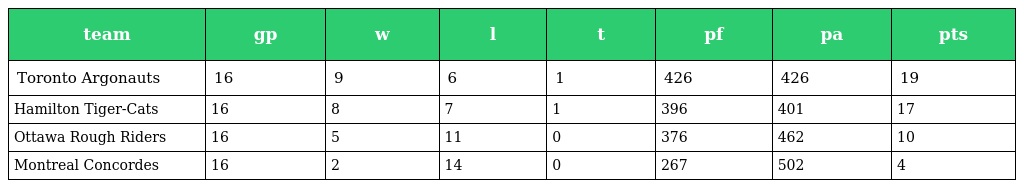
| team | gp | w | l | t | pf | pa | pts |
 | --- | --- | --- | --- | --- | --- | --- | --- |
 | Toronto Argonauts | 16 | 9 | 6 | 1 | 426 | 426 | 19 |
 | Hamilton Tiger-Cats | 16 | 8 | 7 | 1 | 396 | 401 | 17 |
 | Ottawa Rough Riders | 16 | 5 | 11 | 0 | 376 | 462 | 10 |
 | Montreal Concordes | 16 | 2 | 14 | 0 | 267 | 502 | 4 |